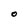
Character: O